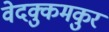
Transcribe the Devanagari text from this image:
वेदक्कुमकुर